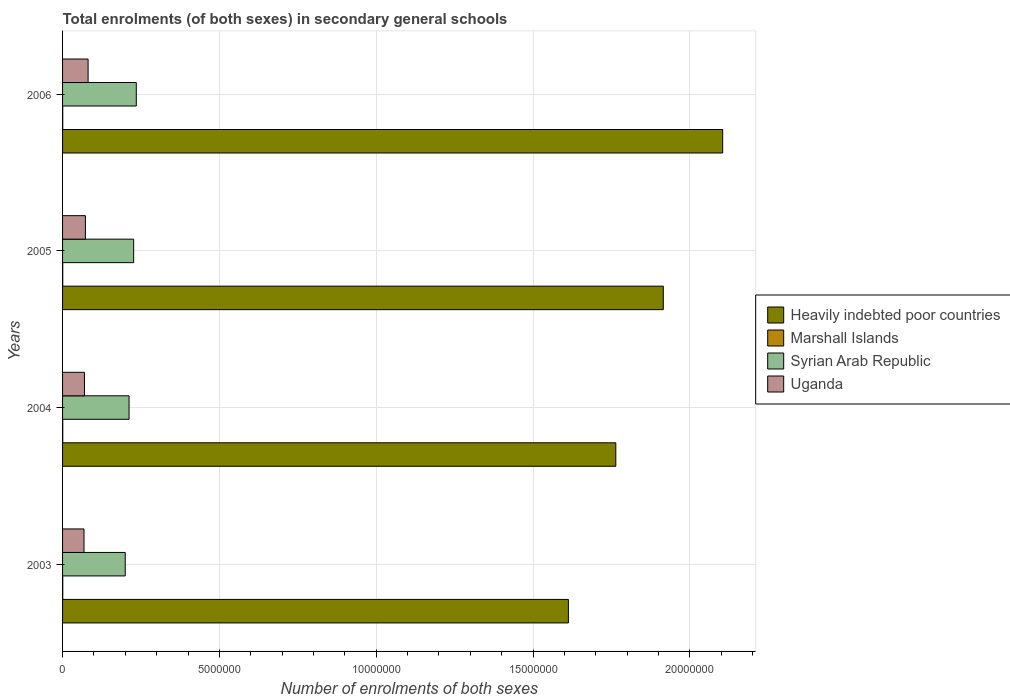
| Years | Heavily indebted poor countries | Marshall Islands | Syrian Arab Republic | Uganda |
 | --- | --- | --- | --- | --- |
 | 2003 | 1.61e+07 | 5.78e+03 | 2e+06 | 6.84e+05 |
 | 2004 | 1.76e+07 | 5.85e+03 | 2.12e+06 | 6.98e+05 |
 | 2005 | 1.92e+07 | 5.26e+03 | 2.27e+06 | 7.28e+05 |
 | 2006 | 2.1e+07 | 5.37e+03 | 2.35e+06 | 8.14e+05 |